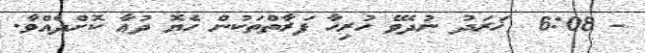
- 6:08  ޚަރަދު ނުދެވޭ ހުރިހާ ފަރާތްތަކުން ހެޔޮ ދުޢާ ކޮށްދެއްވާ.